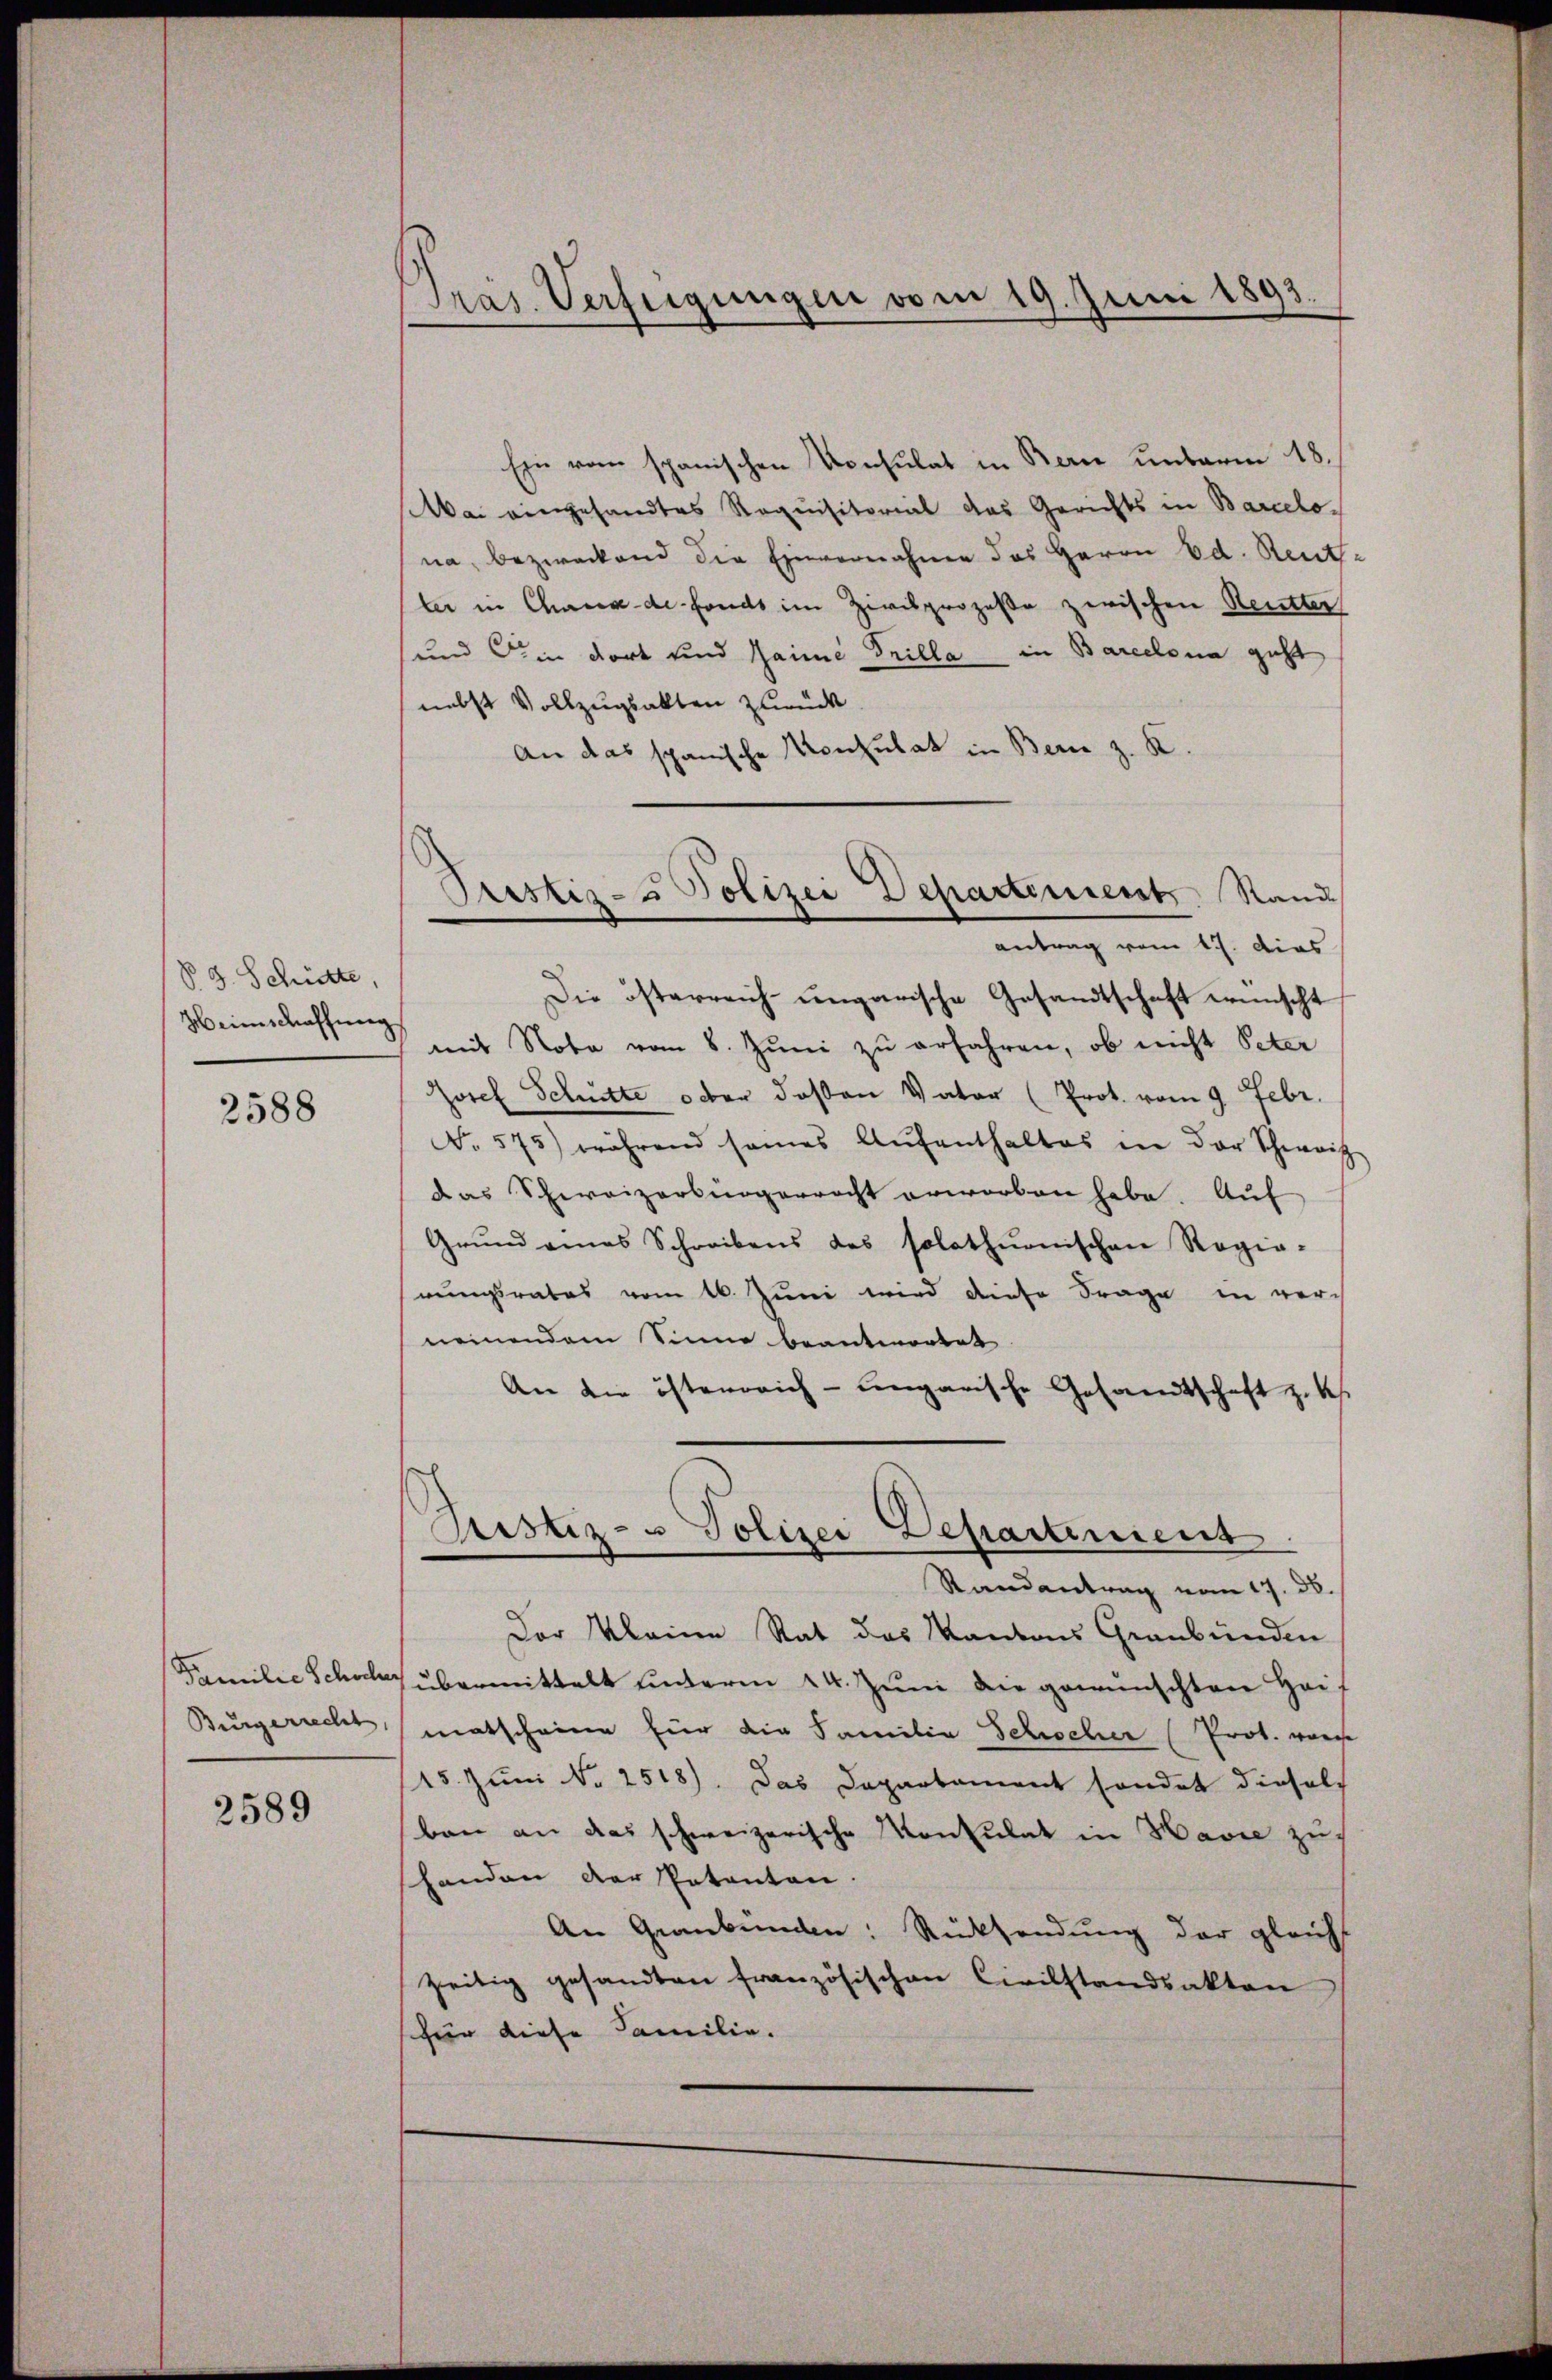
§ 3. Schütte,
Heimschaffung

2588

Bürgerrecht
2589

Pras. Verfügungen vom 19. Juni 1893.

Ein vom spanischen Konsulat in Bern unterm 18.
Wai eingesandtes Requisitorial das Gerichts in Barcelona, bezweckend die Einvernahme des Herrn Ed. Reutl.
ler in Chaux-de-Fonds im Zivilprozeße zwischen Reutter
und in dort und Jaime Grilla in Barcelona geht
nebst Vollzugsakten zurück
An das spanische Konsulat in Bern z. K.
Die österreich ungarische Gesandtschaft wünscht
mit Note vom 8. Juni zu erfahren, ob nicht Peter
Josef Schritte oder deßen Vater (Prot. vom 9. Febr.
No 575) während seines Aŭfenthaltes in der Schweiz
das Schweizerbürgerrecht erworben habe. Auf
Grŭnd eines Schreibens des solothurnischen Regie-
rungsrates vom 16. Juni wird diese Frage in vorch
neinendem Sinne beantwortet
An die österreich-ungarische Gesandtschaft z. K.
Justiz- u Polizei Departement.
Randantrag vom 17. ds.
Der Kleine Rat des Kantons Graubünden
Familie Schoch übermittelt unterm 24. Juni die gewünschten Haf
matscheine für die Familie Schocher (Prot. worde
15. Juni No 2518). Das Departement sondet diesels
ban an das schweizerische Konsulat in Havre zu
shanden der Patenten.
An Graubünden: Rücksendung der gleicht
zeitig gesandten französischen Civilstandsakten
schür diese Familie.

Pristiz- & Polizei Departement. Sand
antrag vom 17. dies